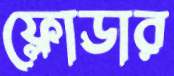
ফ্লোডার